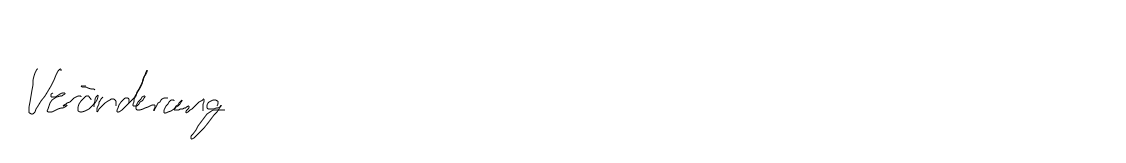
Veränderung